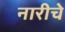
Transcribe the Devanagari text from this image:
नारीचे